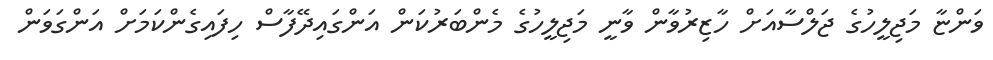
ވަންޏާ މަޖިލީހުގެ ޖަލްސާއަށް ހާޒިރުވާން ވާނީ މަޖިލީހުގެ މެންބަރުކަން އަންގައިދޭފާސް ހިފައިގެންކަމަށް އަންގަވަން